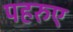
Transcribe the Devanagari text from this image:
पहरुए